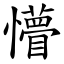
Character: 懵